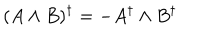
( A \wedge B ) ^ { \dagger } = - A ^ { \dagger } \wedge B ^ { \dagger }